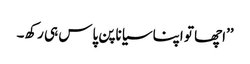
’’اچھا تو اپنا سیاناپن پاس ہی رکھ۔